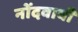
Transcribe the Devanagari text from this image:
नोंदवावी